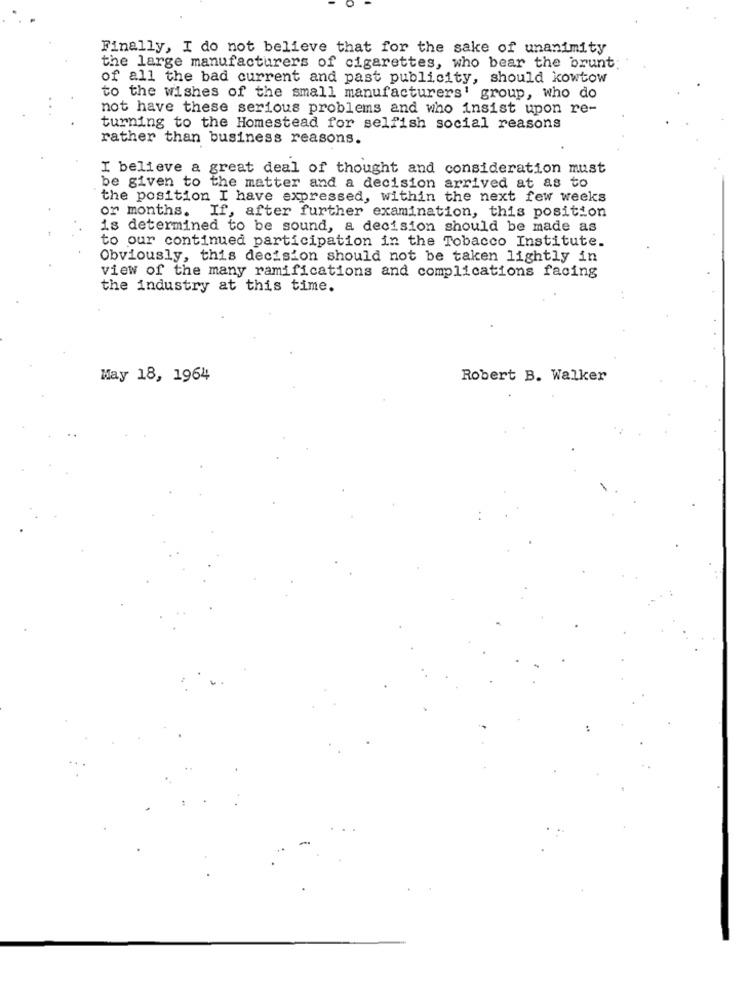
Finally, I do not believe that for the sake of unanimity
the large manufacturers of cigarettes, who bear the brunt:
of all the bad current and past publicity, should kowtow
to the wishes of the small manufacturers' group, who do
not have these serious problems and who insist upon re-
turning to the Homestead for selfish social reasons
rather than business reasons.
I believe a great deal of thought and consideration must
be given to the matter and a decision arrived at as to
the position I have expressed, within the next few weeks
or months. If, after further examination, this position
is determined to be sound, a decision should be made as
to our continued participation in the Tobacco Institute.
Obviously, this decision should not be taken lightly in
view of the many ramifications and complications facing
the industry at this time.
May 18, 1964
Robert B. Walker